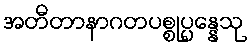
အတီတာနာဂတပစ္စုပ္ပန္နေသု